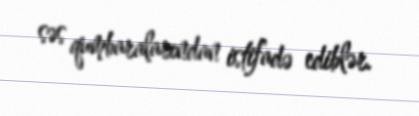
səs qumbaralarından istifadə ediblər.